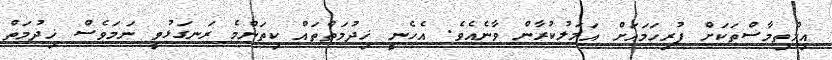
އިލްތިމާސްތަކަށް ފުރިހަމައަށް އަމަލުކުރާން ވާނެއެވެ. އެހެނީ ޚިދުމަތްތައް ކިތަންމެ ރަނގަޅުވީ ނަމަވެސް ޚިދުމަތް